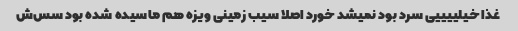
غذا خیلییییی سرد بود نمیشد خورد اصلا سیب زمینی ویزه هم ماسیده شده بود سس‌ش